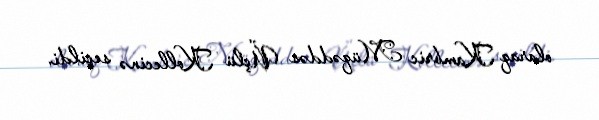
olaraq Kambric Müqəddəs Üçlü Kollecinə seçildi.